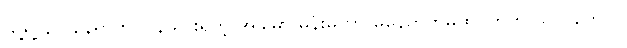
သူ့ရဲ့ နဂို နေရာကို ပြန်သွားရတဲ့ အခါမှာ မိန်းမဟာ မနေတတ်မထိုင်တတ် သလိုတောင်